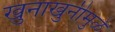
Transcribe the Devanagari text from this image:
खुनाखुनीमुळे